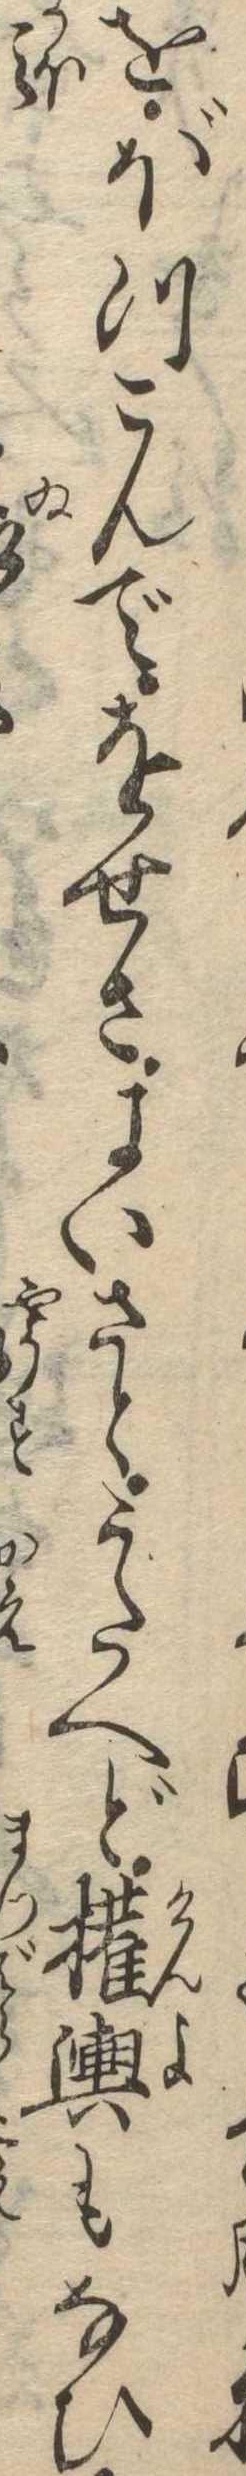
をぼつこんでをせさよいさとうたへど権輿もなひ